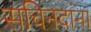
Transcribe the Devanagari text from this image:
सचिनदांना